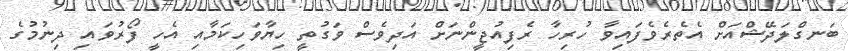
ބަނގްލަދޭޝްއަށް އެތެރެވެފައިވާ ހުރިހާ ރެފިއުޖީންނަށް އަދިވެސް ވަގުތީ ހިޔާވަހިކަމާއި އެހީ ފޯރުވައި ދިނުމުގެ